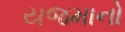
યજમાનો